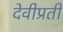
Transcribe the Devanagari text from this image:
देवीप्रती